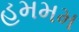
હમમમ